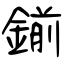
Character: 鎆